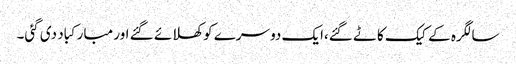
سالگرہ کے کیک کاٹے گئے،ایک دوسرے کو کھلائے گئے اور مبارکباد دی گئی۔